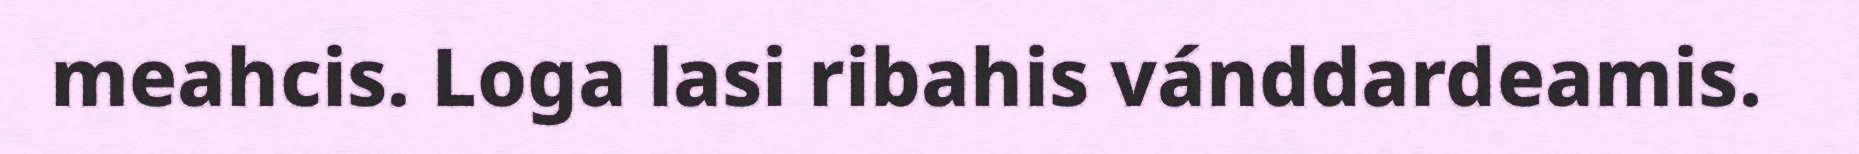
meahcis. Loga lasi ribahis vánddardeamis.